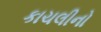
કાચલીનો